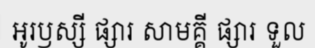
អូរឫស្សី ផ្សារ សាមគ្គី ផ្សារ ទួល